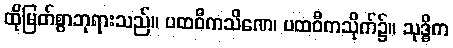
ထိုမြတ်စွာဘုရားသည်။ ပထဝီကသိဏေ၊ ပထဝီကသိုက်၌။ သုဒ္ဓိက